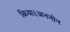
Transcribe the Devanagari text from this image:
किया।अननोन